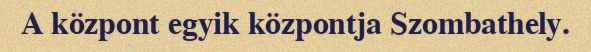
A központ egyik központja Szombathely.